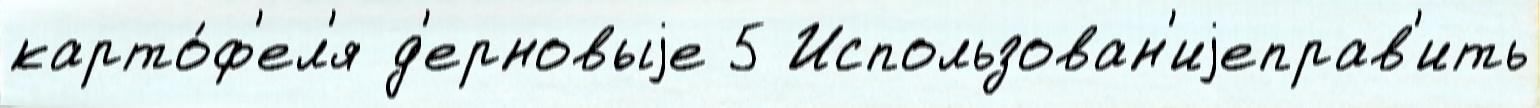
карто́ф'ел'я д'ерновыjе 5 Использован'иjеправ'ить